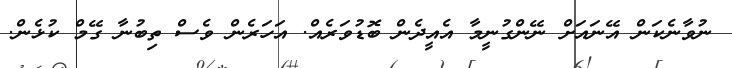
ނުވާނެކަން އޭނައަށް ނޭންގުނީމާ އެއީދެން ބޮޑުވަރެއް. އަހަރެން ވެސް ތިބުނާ ގޭމް ކުޅެން.